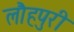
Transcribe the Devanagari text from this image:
लौहपुरी